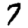
Digit: 7